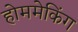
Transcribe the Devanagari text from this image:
होममेकिंग